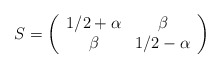
\begin{align*}S=\left(\begin{array}{cc}1/2+\alpha&\beta\\\beta&1/2-\alpha\end{array}\right)\end{align*}